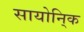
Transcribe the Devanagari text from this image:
सायोनि्क